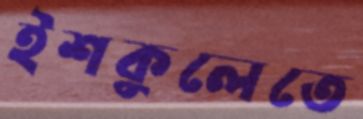
ইশকুলেতে